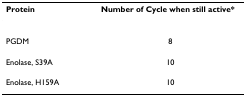
<table><thead><tr><td><b>Protein</b></td><td><b>Number of Cycle when still active*</b></td></tr></thead><tbody><tr><td>PGDM</td><td>8</td></tr><tr><td>Enolase, S39A</td><td>10</td></tr><tr><td>Enolase, H159A</td><td>10</td></tr></tbody></table>